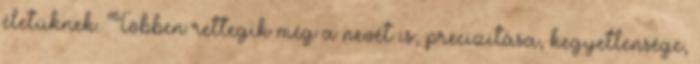
életüknek. Többen rettegik még a nevét is, precizitása, kegyetlensége,